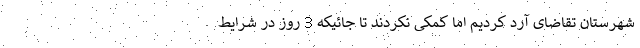
شهرستان تقاضای آرد کردیم اما کمکی نکردند تا جائیکه 3 روز در شرایط